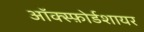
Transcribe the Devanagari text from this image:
ऑक्स्फ़ोर्डशायर